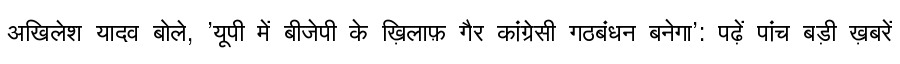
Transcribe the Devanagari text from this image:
अखिलेश यादव बोले, 'यूपी में बीजेपी के ख़िलाफ़ गैर कांग्रेसी गठबंधन बनेगा': पढ़ें पांच बड़ी ख़बरें